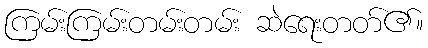
ကြမ်းကြမ်းတမ်းတမ်း ဆဲရေးတတ်၏။